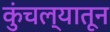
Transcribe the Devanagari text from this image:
कुंचल्यातून